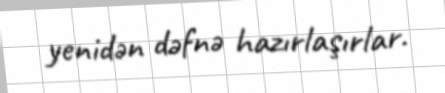
yenidən dəfnə hazırlaşırlar.